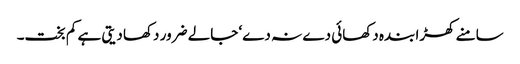
سامنے کھڑا بندہ دکھائی دے نہ دے‘ جالے ضرور دکھا دیتی ہے کم بخت۔